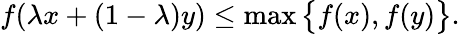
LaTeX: f(\lambda x+(1-\lambda)y)\leq\operatorname*{max}{\big\{ }f(x),f(y){\big\} }.